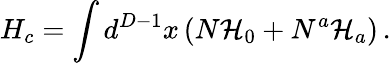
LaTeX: H_{c}=\int d^{D-1}x\left(N\mathcal{H}_{0}+N^{a}\mathcal{H}_{a}\right)\, .